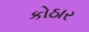
કોઠાર